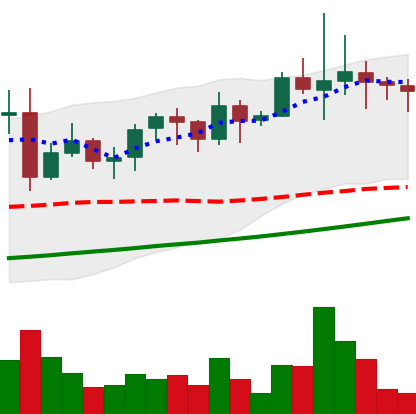
Ticker: LINK-USD
Chart end date: 2021-11-14
Forward return: -16.24%
Label: down_7plus